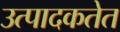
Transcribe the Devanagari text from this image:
उत्पादकतेत